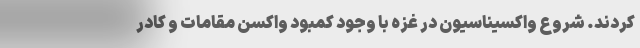
کردند. شروع واکسیناسیون در غزه با وجود کمبود واکسن مقامات و کادر